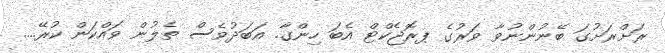
ރަށްރަށުގަ ބޭނުންނުވާ ވަރުގެ ޕރޮޖެކްޓް އެބަ ހިންގާ. އަބަދުވެސް ތެލުން ވައްކަން ކުރޭ....